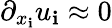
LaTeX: \partial_{x_{\mathbf{i}}}u_{\mathbf{i}}\approx0